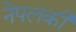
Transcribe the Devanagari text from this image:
नेपलकी